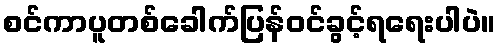
စင်ကာပူတစ်ခေါက်ပြန်ဝင်ခွင့်ရရေးပါပဲ။